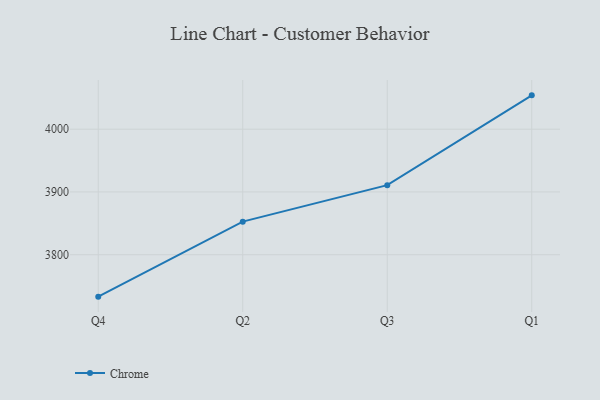
{"axis": {"x": "Quarter", "y": "LTV (USD)"}, "legend": ["Chrome"], "data": [{"x": "Q4", "y": 3733.2, "type": "Chrome"}, {"x": "Q2", "y": 3852.7, "type": "Chrome"}, {"x": "Q3", "y": 3910.8, "type": "Chrome"}, {"x": "Q1", "y": 4053.9, "type": "Chrome"}]}